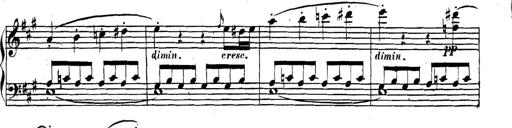
Title: Collected Piano Sonatas
Composer: Muzio Clementi